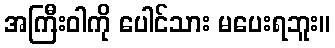
အကြီးဝါကို ပေါင်သား မပေးရဘူး။